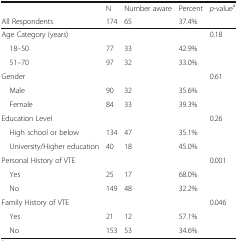
<table><thead><tr><td></td><td><b>N</b></td><td><b>Number aware</b></td><td><b>Percent</b></td><td><b><i>p</i>-value<sup>a</sup></b></td></tr><tr><td><b>All Respondents</b></td><td><b>174</b></td><td><b>65</b></td><td><b>37.4%</b></td><td></td></tr></thead><tbody><tr><td colspan="4">Age Category (years)</td><td>0.18</td></tr><tr><td> 18–50</td><td>77</td><td>33</td><td>42.9%</td><td></td></tr><tr><td> 51–70</td><td>97</td><td>32</td><td>33.0%</td><td></td></tr><tr><td colspan="4">Gender</td><td>0.61</td></tr><tr><td> Male</td><td>90</td><td>32</td><td>35.6%</td><td></td></tr><tr><td> Female</td><td>84</td><td>33</td><td>39.3%</td><td></td></tr><tr><td colspan="4">Education Level</td><td>0.26</td></tr><tr><td> High school or below</td><td>134</td><td>47</td><td>35.1%</td><td></td></tr><tr><td> University/Higher education</td><td>40</td><td>18</td><td>45.0%</td><td></td></tr><tr><td colspan="4">Personal History of VTE</td><td>0.001</td></tr><tr><td> Yes</td><td>25</td><td>17</td><td>68.0%</td><td></td></tr><tr><td> No</td><td>149</td><td>48</td><td>32.2%</td><td></td></tr><tr><td colspan="4">Family History of VTE</td><td>0.046</td></tr><tr><td> Yes</td><td>21</td><td>12</td><td>57.1%</td><td></td></tr><tr><td> No</td><td>153</td><td>53</td><td>34.6%</td><td></td></tr></tbody></table>